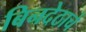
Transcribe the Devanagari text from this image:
बिनदेठाचे